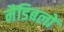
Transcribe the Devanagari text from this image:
मैंडिबलों